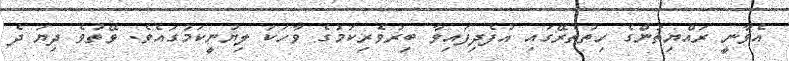
އެވާނީ ރައްޔިތުންގެ ހިތުތެރޭގައި އުފެދިފައިވާ ބިރުވެރިކަމުގެ ވާހަކަ ލިޔުނީކަމުގައެވެ. ވޭތުވެ ދިޔަ ދެ